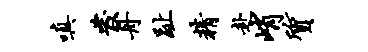
嗔发舟趾精赴峭质